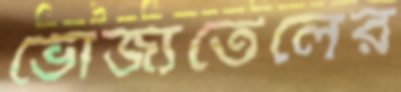
ভোজ্যতেলের